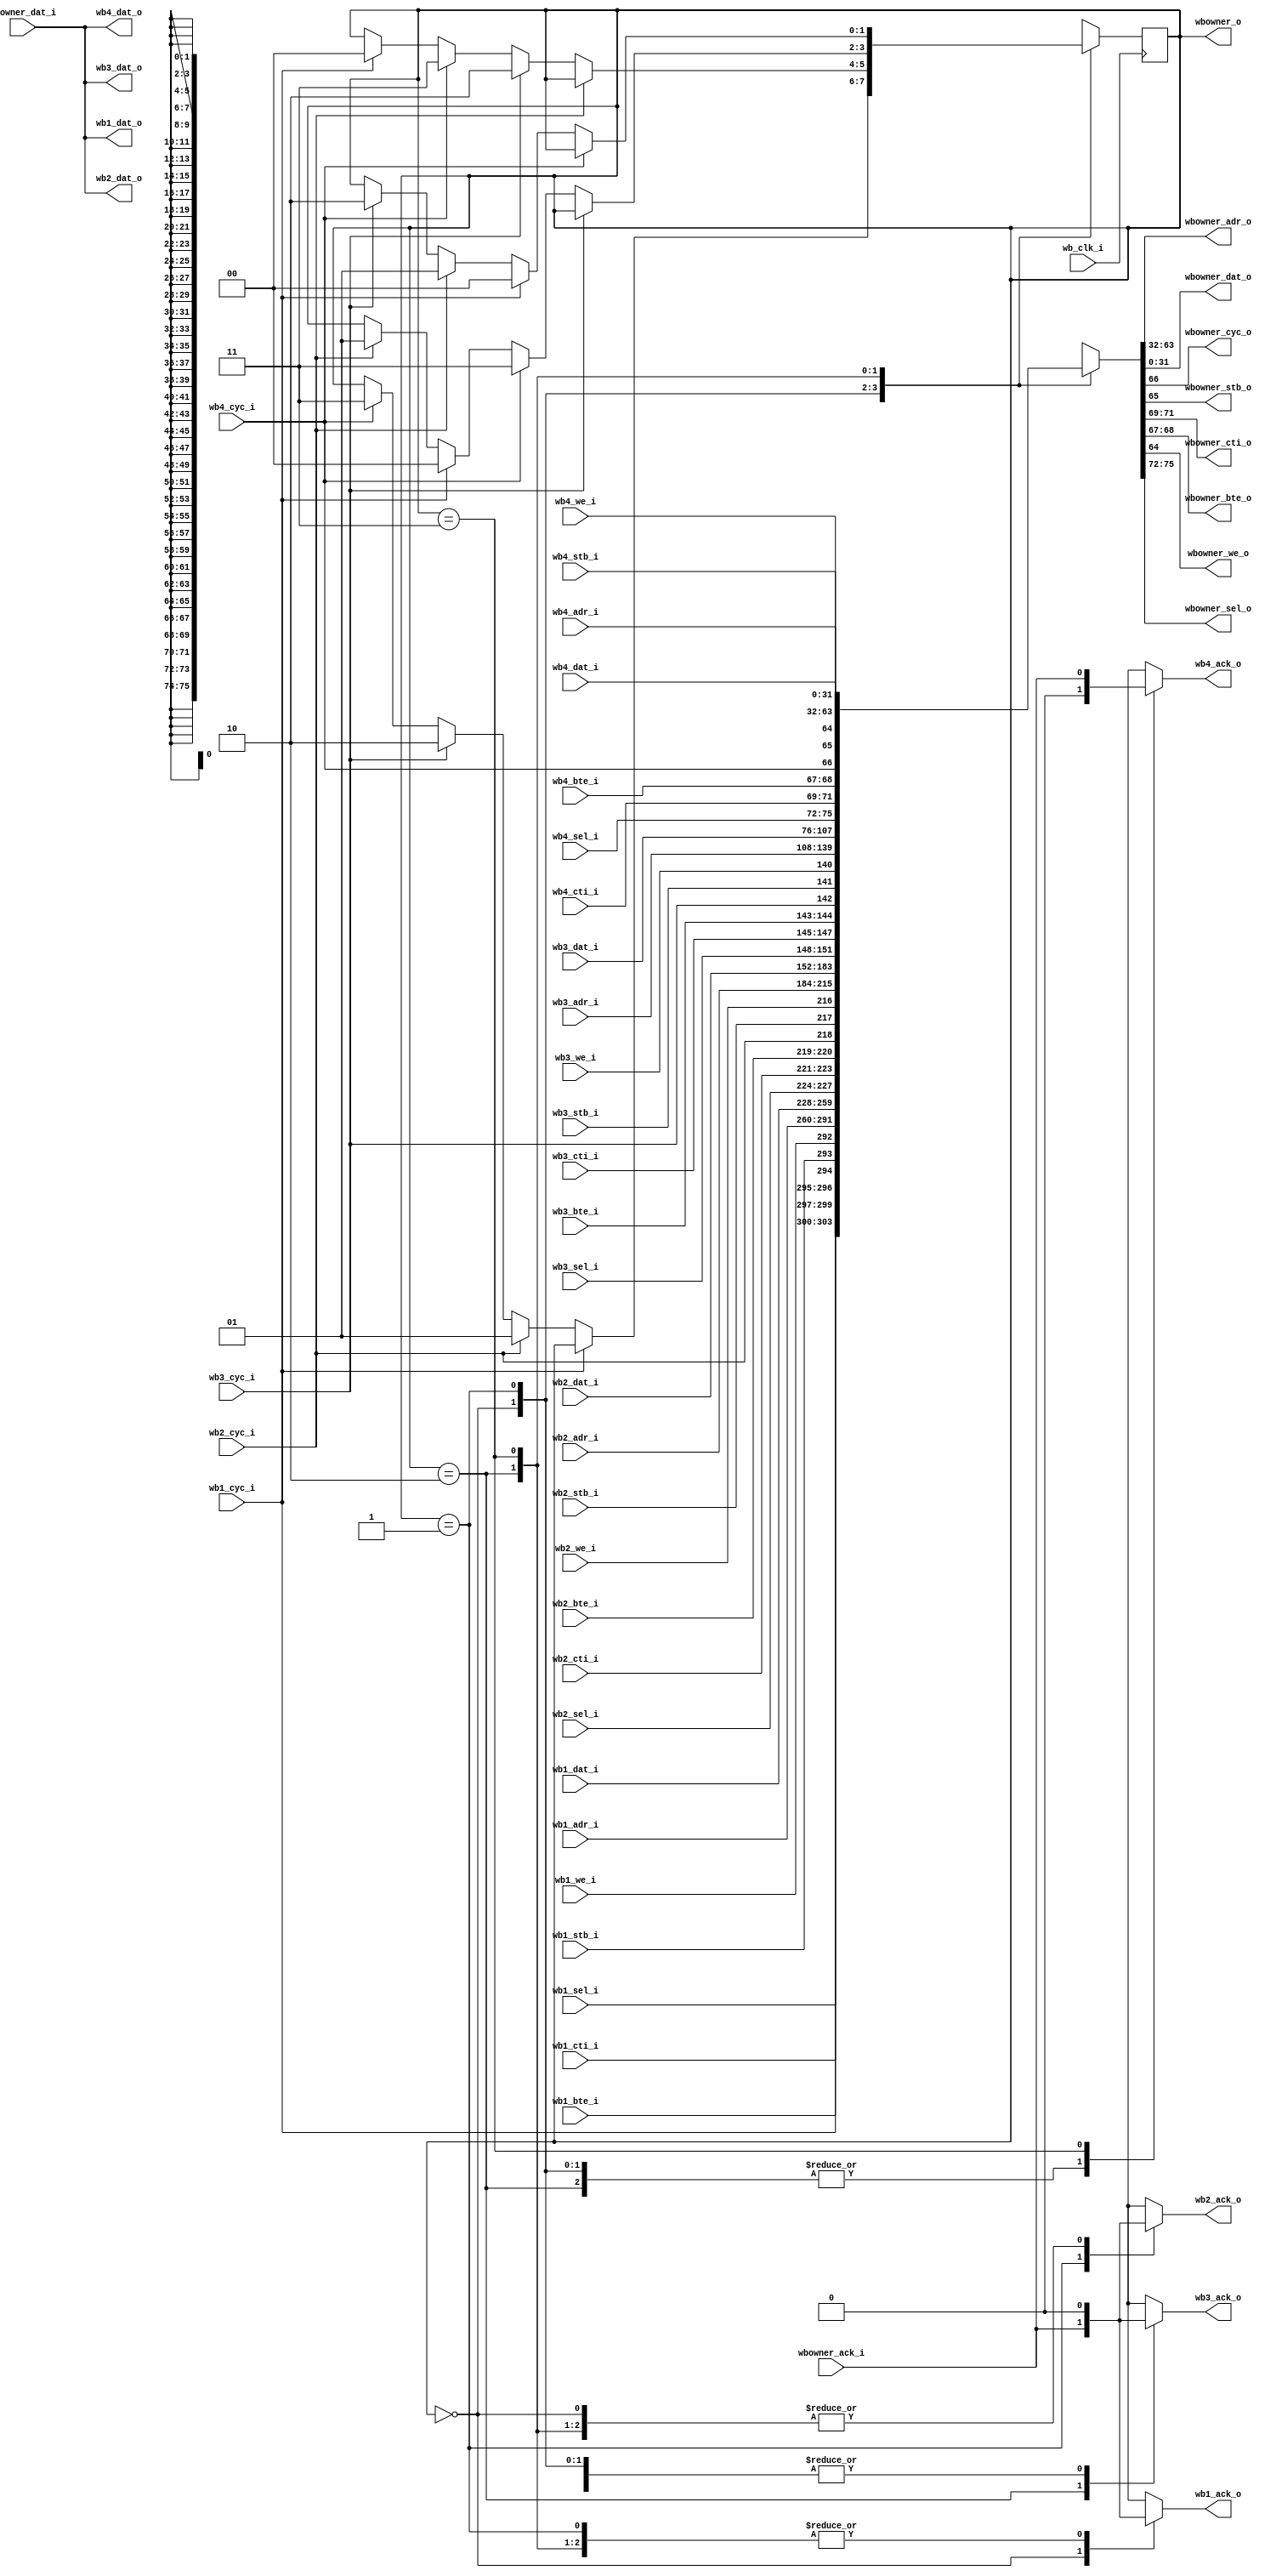
/* Copyright 2005-2006, Unpublished Work of Technologic Systems
 * All Rights Reserved.
 *
 * THIS WORK IS AN UNPUBLISHED WORK AND CONTAINS CONFIDENTIAL,
 * PROPRIETARY AND TRADE SECRET INFORMATION OF TECHNOLOGIC SYSTEMS.
 * ACCESS TO THIS WORK IS RESTRICTED TO (I) TECHNOLOGIC SYSTEMS 
 * EMPLOYEES WHO HAVE A NEED TO KNOW TO PERFORM TASKS WITHIN THE SCOPE
 * OF THEIR ASSIGNMENTS AND (II) ENTITIES OTHER THAN TECHNOLOGIC
 * SYSTEMS WHO HAVE ENTERED INTO APPROPRIATE LICENSE AGREEMENTS.  NO
 * PART OF THIS WORK MAY BE USED, PRACTICED, PERFORMED, COPIED, 
 * DISTRIBUTED, REVISED, MODIFIED, TRANSLATED, ABRIDGED, CONDENSED, 
 * EXPANDED, COLLECTED, COMPILED, LINKED, RECAST, TRANSFORMED, ADAPTED
 * IN ANY FORM OR BY ANY MEANS, MANUAL, MECHANICAL, CHEMICAL, 
 * ELECTRICAL, ELECTRONIC, OPTICAL, BIOLOGICAL, OR OTHERWISE WITHOUT
 * THE PRIOR WRITTEN PERMISSION AND CONSENT OF TECHNOLOGIC SYSTEMS.
 * ANY USE OR EXPLOITATION OF THIS WORK WITHOUT THE PRIOR WRITTEN
 * CONSENT OF TECHNOLOGIC SYSTEMS COULD SUBJECT THE PERPETRATOR TO
 * CRIMINAL AND CIVIL LIABILITY.
 */

module wb_arbiter(
  wb_clk_i,

  wb1_adr_i,
  wb1_dat_i,
  wb1_dat_o,
  wb1_cyc_i,
  wb1_stb_i,
  wb1_cti_i,
  wb1_bte_i,
  wb1_we_i,
  wb1_sel_i,
  wb1_ack_o,

  wb2_adr_i,
  wb2_dat_i,
  wb2_dat_o,
  wb2_cyc_i,
  wb2_stb_i,
  wb2_cti_i,
  wb2_bte_i,
  wb2_we_i,
  wb2_sel_i,
  wb2_ack_o,

  wb3_adr_i,
  wb3_dat_i,
  wb3_dat_o,
  wb3_cyc_i,
  wb3_stb_i,
  wb3_cti_i,
  wb3_bte_i,
  wb3_we_i,
  wb3_sel_i,
  wb3_ack_o,

  wb4_adr_i,
  wb4_dat_i,
  wb4_dat_o,
  wb4_cyc_i,
  wb4_stb_i,
  wb4_cti_i,
  wb4_bte_i,
  wb4_we_i,
  wb4_sel_i,
  wb4_ack_o,

  wbowner_adr_o,
  wbowner_dat_i,
  wbowner_dat_o,
  wbowner_cyc_o,
  wbowner_stb_o,
  wbowner_cti_o,
  wbowner_bte_o,
  wbowner_we_o,
  wbowner_sel_o,
  wbowner_ack_i,
  wbowner_o
);
input wb_clk_i;

input [31:0] wb1_adr_i;
input [31:0] wb1_dat_i;
output [31:0] wb1_dat_o;
input wb1_cyc_i, wb1_stb_i, wb1_we_i;
output reg wb1_ack_o;
input [2:0] wb1_cti_i;
input [1:0] wb1_bte_i;
input [3:0] wb1_sel_i;

input [31:0] wb2_adr_i;
input [31:0] wb2_dat_i;
output [31:0] wb2_dat_o;
input wb2_cyc_i, wb2_stb_i, wb2_we_i;
output reg wb2_ack_o;
input [2:0] wb2_cti_i;
input [1:0] wb2_bte_i;
input [3:0] wb2_sel_i;

input [31:0] wb3_adr_i;
input [31:0] wb3_dat_i;
output [31:0] wb3_dat_o;
input wb3_cyc_i, wb3_stb_i, wb3_we_i;
output reg wb3_ack_o;
input [2:0] wb3_cti_i;
input [1:0] wb3_bte_i;
input [3:0] wb3_sel_i;

input [31:0] wb4_adr_i;
input [31:0] wb4_dat_i;
output [31:0] wb4_dat_o;
input wb4_cyc_i, wb4_stb_i, wb4_we_i;
output reg wb4_ack_o;
input [2:0] wb4_cti_i;
input [1:0] wb4_bte_i;
input [3:0] wb4_sel_i;

output reg [31:0] wbowner_adr_o;
output reg [31:0] wbowner_dat_o;
input [31:0] wbowner_dat_i;
output reg wbowner_cyc_o, wbowner_stb_o, wbowner_we_o;
input wbowner_ack_i;
output reg [2:0] wbowner_cti_o;
output reg [1:0] wbowner_bte_o;
output reg [3:0] wbowner_sel_o;
output [1:0] wbowner_o;

reg [1:0] owner = 2'd0;
assign wbowner_o = owner;
reg [1:0] nextowner = 2'd0;
wire [3:0] req = {wb4_cyc_i, wb3_cyc_i, wb2_cyc_i, wb1_cyc_i};

wire [75:0] wb1_ibus = {wb1_sel_i, wb1_cti_i, wb1_bte_i, wb1_cyc_i, wb1_stb_i,
  wb1_we_i, wb1_adr_i, wb1_dat_i};
wire [75:0] wb2_ibus = {wb2_sel_i, wb2_cti_i, wb2_bte_i, wb2_cyc_i, wb2_stb_i,
  wb2_we_i, wb2_adr_i, wb2_dat_i};
wire [75:0] wb3_ibus = {wb3_sel_i, wb3_cti_i, wb3_bte_i, wb3_cyc_i, wb3_stb_i,
  wb3_we_i, wb3_adr_i, wb3_dat_i};
wire [75:0] wb4_ibus = {wb4_sel_i, wb4_cti_i, wb4_bte_i, wb4_cyc_i, wb4_stb_i,
  wb4_we_i, wb4_adr_i, wb4_dat_i};

reg [75:0] obus;

assign wb1_dat_o = wbowner_dat_i;
assign wb2_dat_o = wbowner_dat_i;
assign wb3_dat_o = wbowner_dat_i;
assign wb4_dat_o = wbowner_dat_i;

always @(wbowner_ack_i or wb1_ibus or wb2_ibus or wb3_ibus or wb4_ibus or owner or
  obus) begin
  case (owner) /* synthesis full_case, parallel_case */
  2'd0: begin
    obus = wb1_ibus;
    wb1_ack_o = wbowner_ack_i;
    wb2_ack_o = 1'b0;
    wb3_ack_o = 1'b0;
    wb4_ack_o = 1'b0;
  end
  2'd1: begin
    obus = wb2_ibus;
    wb1_ack_o = 1'b0;
    wb2_ack_o = wbowner_ack_i;
    wb3_ack_o = 1'b0;
    wb4_ack_o = 1'b0;
  end
  2'd2: begin
    obus = wb3_ibus;
    wb1_ack_o = 1'b0;
    wb2_ack_o = 1'b0;
    wb3_ack_o = wbowner_ack_i;
    wb4_ack_o = 1'b0;
  end
  2'd3: begin
    obus = wb4_ibus;
    wb1_ack_o = 1'b0;
    wb2_ack_o = 1'b0;
    wb3_ack_o = 1'b0;
    wb4_ack_o = wbowner_ack_i;
  end
  endcase

  {wbowner_sel_o, wbowner_cti_o, wbowner_bte_o, wbowner_cyc_o, wbowner_stb_o,
    wbowner_we_o, wbowner_adr_o, wbowner_dat_o} = obus;
end

always @(req or owner) begin
  nextowner = owner;

  case (owner) /* synthesis full_case, parallel_case */
  2'd0: if (!req[0]) begin
    if (req[1]) nextowner = 2'd1;
    else if (req[2]) nextowner = 2'd2;
    else if (req[3]) nextowner = 2'd3;
  end

  2'd1: if (!req[1]) begin
    if (req[2]) nextowner = 2'd2;
    else if (req[3]) nextowner = 2'd3;
    else if (req[0]) nextowner = 2'd0;
  end

  2'd2: if (!req[2]) begin
    if (req[3]) nextowner = 2'd3;
    else if (req[0]) nextowner = 2'd0;
    else if (req[1]) nextowner = 2'd1;
  end

  2'd3: if (!req[3]) begin
    if (req[0]) nextowner = 2'd0;
    else if (req[1]) nextowner = 2'd1;
    else if (req[2]) nextowner = 2'd2;
  end
  endcase
end

always @(posedge wb_clk_i) begin
  owner <= nextowner;
end

endmodule